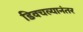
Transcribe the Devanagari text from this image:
डिवचल्यानंतर